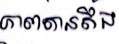
ភាពតានតឹង